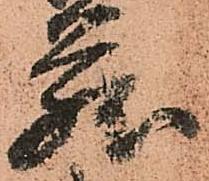
蔵